Annual report of the Punjab Veterinary College and of the Civil Veterinary Department, Punjab - 1894-1908
Year: 1894
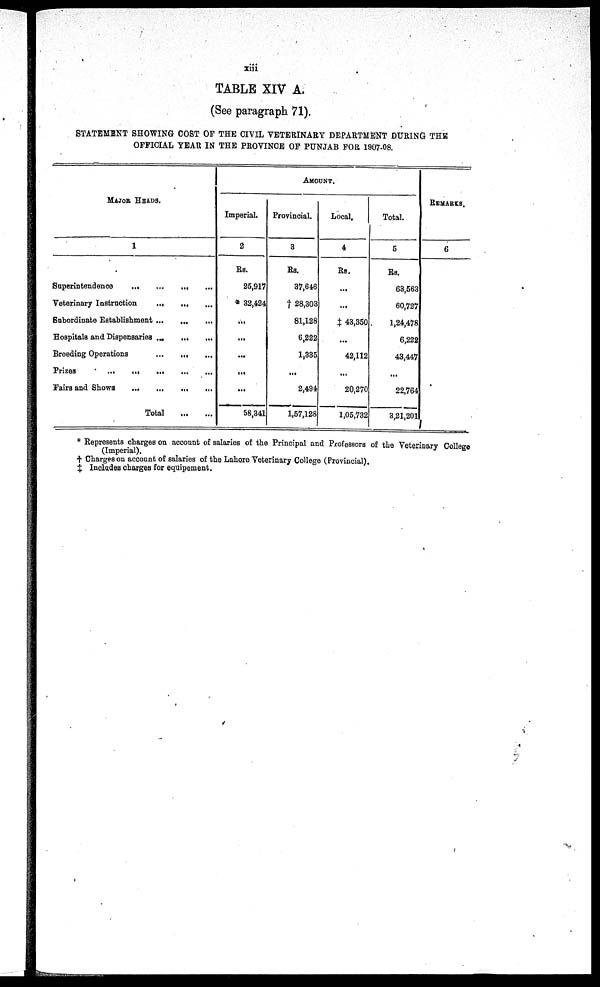
xiii
TABLE XIV A.
(See paragraph 71).
STATEMENT SHOWING COST OF THE CIVIL VETERINARY DEPARTMENT DURING THE
OFFICIAL YEAR IN THE PROVINCE OF PUNJAB FOR 1907-08.
MAJOR HEADS.
1
Superintendence
... ... ... ... ... ...
Veterinary Instruction ... ... ... ... ...
Subordinate Establishment ... ... ... ... ...
Hospitals and Dispensaries ...
... ... ...
Breeding Operations ... ... ... ... ...
Prizes
...
...
...
...
...
...
Fairs and Shows ... ... ... ... ... ...
Total ... ... ... ...
AMOUNTS
Imperial.
2
Rs.
25,917
* 32,424
...
...
...
...
...
58,341
Provincial.
3
Rs.
37,646
† 28,303
81,128
6,222
1,335
...
2,494
1,57,128
Local,
4
Rs.
...
...
‡ 43,350
...
42,112
...
20,270
1,05,732
Total.
5
Rs.
63,563
60,727
1,24,478
6,222
43,447
...
22,764
3,21,201
REMARKS.
6
* Represents charges on account of salaries of the Principal and Professors of the Veterinary College
(Imperial).
† Charges on account of salaries of the Lahore Veterinary College (Provincial).
‡ Includes charges for equipement.